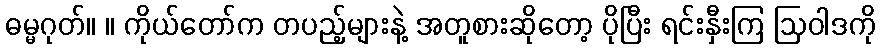
ဓမ္မဂုတ်။ ။ ကိုယ်တော်က တပည့်များနဲ့ အတူစားဆိုတော့ ပိုပြီး ရင်းနှီးကြ ဩဝါဒကို